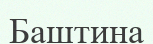
Баштина